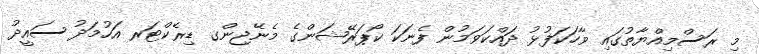
މި ރަސްމިއްޔާތުގައި ވާހަކަފުޅު ދައްކަވަމުން ފެނަކަ ކޯޕަރޭޝަންގެ މެނޭޖިންގ ޑިރެކްޓަރ އަހުމަދު ސައީދު